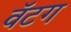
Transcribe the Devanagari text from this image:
वॅटग